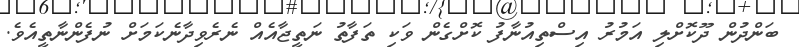
ބަންދުން ދޫކޮށްލި އަމުރު އިސްތިއުނާފު ކޮށްގެން ވަކި ތަފާތު ނަތީޖާއެއް ނެރެވިދާނެކަމަށް ނުފެންނާތީއެވެ.